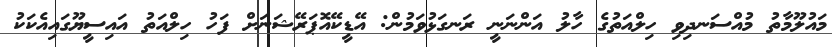
މައުލޫމާތު މުއްސަނދިވި ހިލްއަތުގެ ހާލު އަންނަނީ ރަނގަޅުވަމުން: އޭޑީކޭއޮޕަރޭޝަނަށް ފަހު ހިލްއަތު އައިސީޔޫގައިއެކަކު